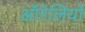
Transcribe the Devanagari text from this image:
ऑरेलियो